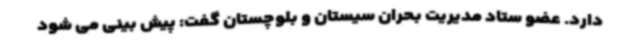
دارد. عضو ستاد مدیریت بحران سیستان و بلوچستان گفت: پیش بینی می شود